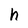
Character: h